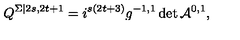
Q ^ { \Sigma | 2 s , 2 t + 1 } = i ^ { s ( 2 t + 3 ) } g ^ { - 1 , 1 } \det \mathcal { A } ^ { 0 , 1 } ,